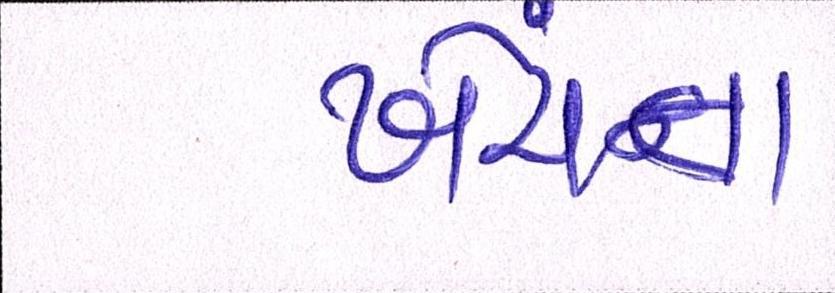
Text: ખેંચતા